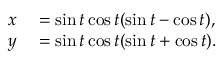
\begin{array} { r l } { x } & { { } = \sin t \cos t ( \sin t - \cos t ) , } \\ { y } & { { } = \sin t \cos t ( \sin t + \cos t ) . } \end{array}